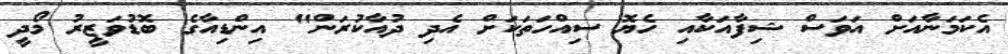
އެކަމަނާއަށް އަވަސް ޝިފާއަކާއި ހެޔޮ ސިއްހަތަކަށް އެދި ދުއާކުރަން" އިންޑިއާގެ ބޮޑުވަޒީރު މޯދީ